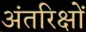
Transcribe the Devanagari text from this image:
अंतरिक्षों